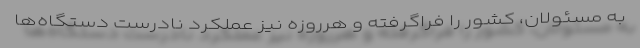
به مسئولان، كشور را فراگرفته و هر‌روزه نیز عملكرد نادرست دستگاه‌ها